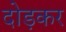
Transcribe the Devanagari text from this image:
दोड़कर